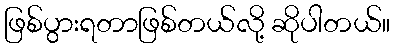
ဖြစ်ပွားရတာဖြစ်တယ်လို့ ဆိုပါတယ်။